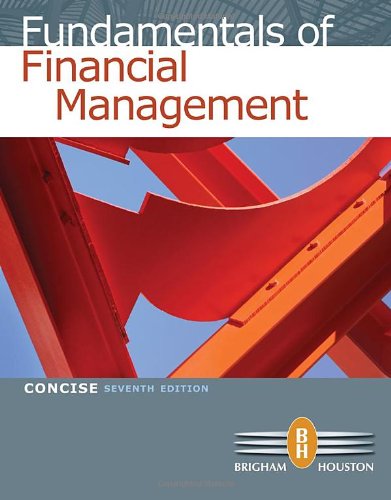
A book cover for Fundamentals of Financial Management, Concise 7th Edition; Eugene F. Brigham; Business & Money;